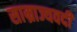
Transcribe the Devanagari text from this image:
साम्राज्यवदी